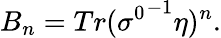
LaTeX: B_{n}=Tr({\sigma^{0}}^{-1}\eta)^{n}.